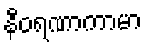
နီဝရဏာကာမာ